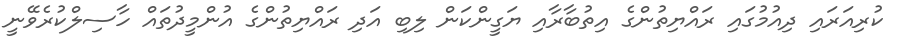
ކުރިއަރައި ދިއުމުގައި ރައްޔިތުންގެ އިތުބާރާއި ޔަގީންކަން ލިބި އަދި ރައްޔިތުންގެ އުންމީދުތައް ހާސިލްކުރެވޭނީ